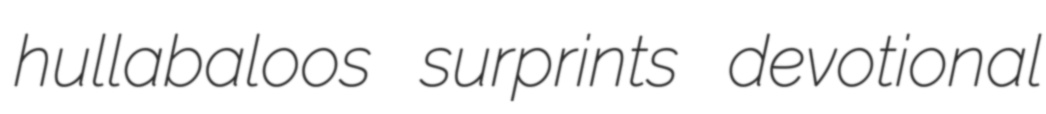
hullabaloos surprints devotional